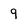
Character: 9